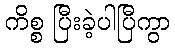
ကိစ္စ ပြီးခဲ့ပါပြီကွာ